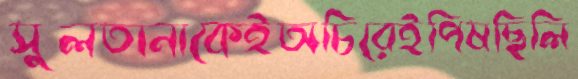
সুলতানাকেইঅচিরেইপিষছিলি